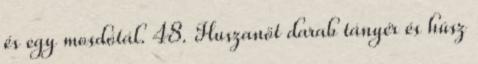
és egy mosdótál. 48. Huszanöt darab tányér és húsz